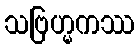
သဗြဟ္မကဿ